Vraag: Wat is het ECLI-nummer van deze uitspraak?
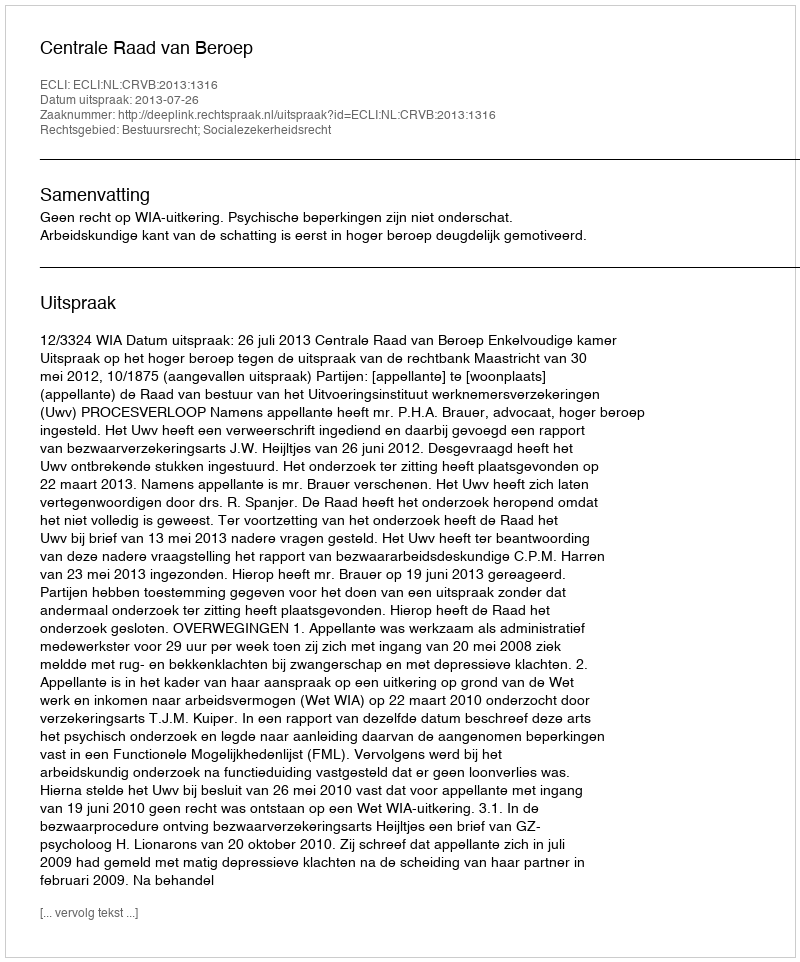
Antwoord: ECLI:NL:CRVB:2013:1316